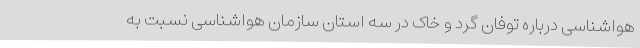
هواشناسی درباره توفان گرد و خاک در سه استان سازمان هواشناسی نسبت به